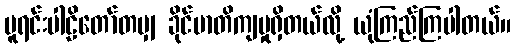
မူရင်းပါဠိတော်တမျှ ခိုင်မာတိကျမှုရှိတယ်လို့ ယုံကြည်ကြပါတယ်။